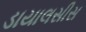
ડાયાલસીસ